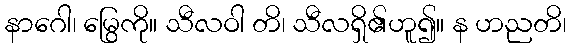
နာဂေါ၊ မြွေကို။ သီလဝါ တိ၊ သီလရှိ၏ဟူ၍။ န ဟညတိ၊